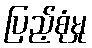
ပြည့်စုံမှု